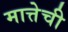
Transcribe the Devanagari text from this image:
मात्तेची